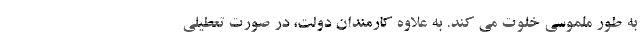
به طور ملموسی خلوت می کند. به علاوه کارمندان دولت، در صورت تعطیلی